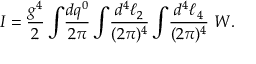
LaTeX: { \cal I } = { \frac { g ^ { 4 } } { 2 } } \int \! { \frac { d q ^ { 0 } } { 2 \pi } } \int \! { \frac { d ^ { 4 } \ell _ { 2 } } { ( 2 \pi ) ^ { 4 } } } \int \! { \frac { d ^ { 4 } \ell _ { 4 } } { ( 2 \pi ) ^ { 4 } } } \ { \cal W } .